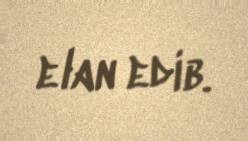
elan edib.